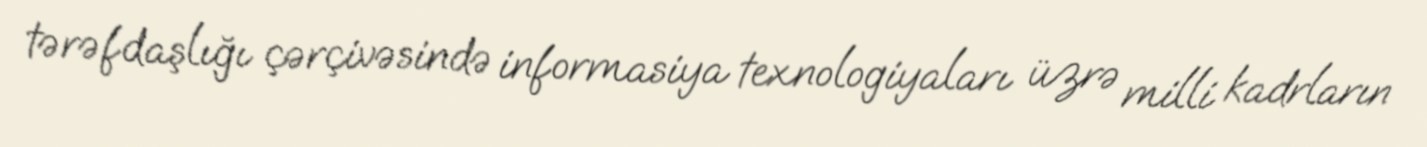
tərəfdaşlığı çərçivəsində informasiya texnologiyaları üzrə milli kadrların